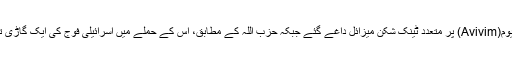
اسرائیلی فوج نے کہا ہے کہ لبنان سے اسرائیلی سرحدی گاؤں اویوم(Avivim) پر متعدد ٹینک شکن میزائل داغے گئے جبکہ حزب اللہ کے مطابق، اس کے حملے میں اسرائیلی فوج کی ایک گاڑی تباہ ہو گئی اور اس میں سوار افراد ’مارے گئے اور زخمی ہوئے۔